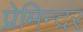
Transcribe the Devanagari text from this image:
प्रेमिन्दर